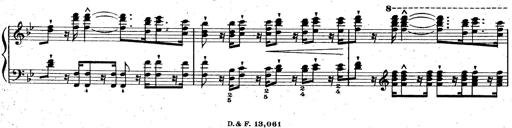
Title: La Marseillaise
Composer: Franz Liszt
Key: B-flat major